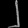
Digit: ၂